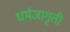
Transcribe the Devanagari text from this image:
धर्मजागृती